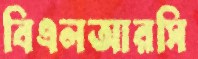
বিএলআরসি